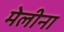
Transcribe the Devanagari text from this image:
मेलीना